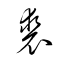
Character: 裘